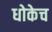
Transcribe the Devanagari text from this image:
धोकेच